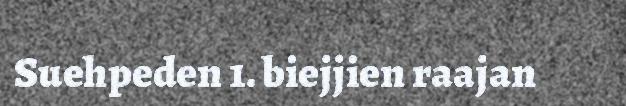
Suehpeden 1. biejjien raajan